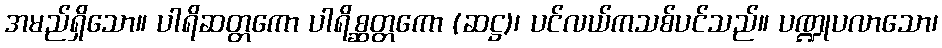
အမည်ရှိသော။ ပါရိဆတ္တကော ပါရိစ္ဆတ္တကော (ဆဋ္ဌ)၊ ပင်လယ်ကသစ်ပင်သည်။ ပဏ္ဍုပလာသော၊